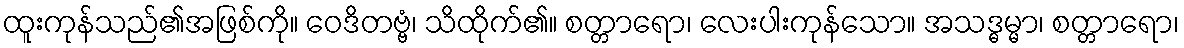
ထူးကုန်သည်၏အဖြစ်ကို။ ဝေဒိတဗ္ဗံ၊ သိထိုက်၏။ စတ္တာရော၊ လေးပါးကုန်သော။ အသဒ္ဓမ္မာ၊ စတ္တာရော၊